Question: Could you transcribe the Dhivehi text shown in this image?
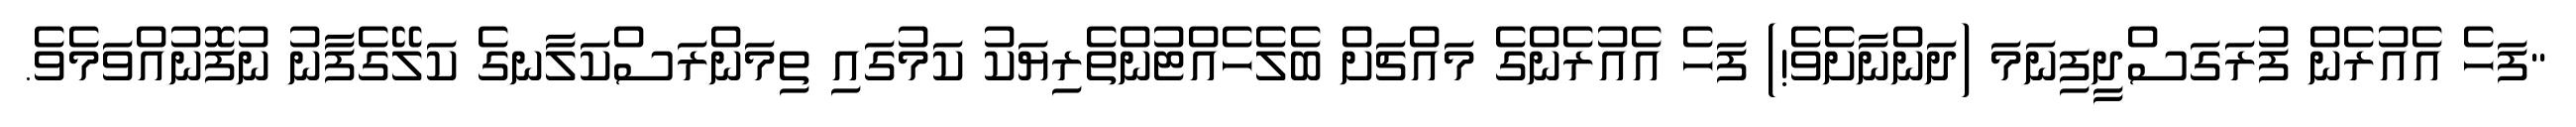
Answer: "ފަހެ އެއުރެން ފުރަގަސްދީފިނަމަ (ދަންނާށެވެ!) ފަހެ އެއުރެންގެ މައްޗަށް ބެލެހެއްޓުންތެރިޔަކު ކަމުގައި ތިމަންރަސްކަލާނގެ ކަލޭގެފާނު ނުފޮނުއްވަމެވެ.